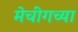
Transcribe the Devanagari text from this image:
मेचींगच्या